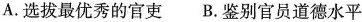
A.选拔最优秀的官吏 B.鉴别官员道德水平